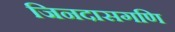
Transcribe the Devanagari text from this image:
जिनदासगणि